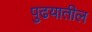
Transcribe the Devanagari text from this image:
पुढयातील